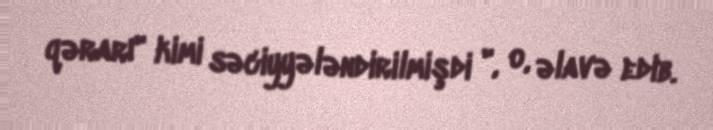
qərarı" kimi səciyyələndirilmişdi ", o, əlavə edib.